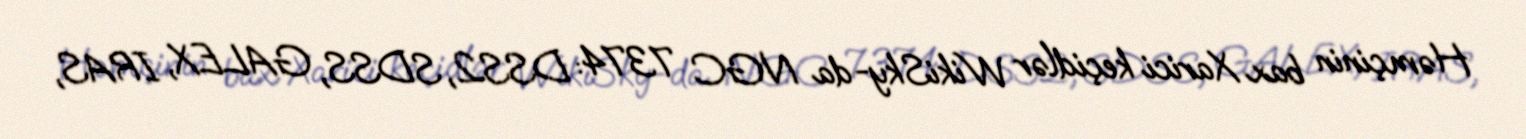
Həmçinin bax Xarici keçidlər WikiSky-da NGC 7374: DSS2, SDSS, GALEX, IRAS,